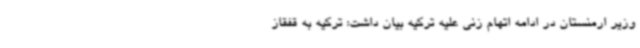
وزیر ارمنستان در ادامه اتهام زنی علیه ترکیه بیان داشت: ترکیه به قفقاز